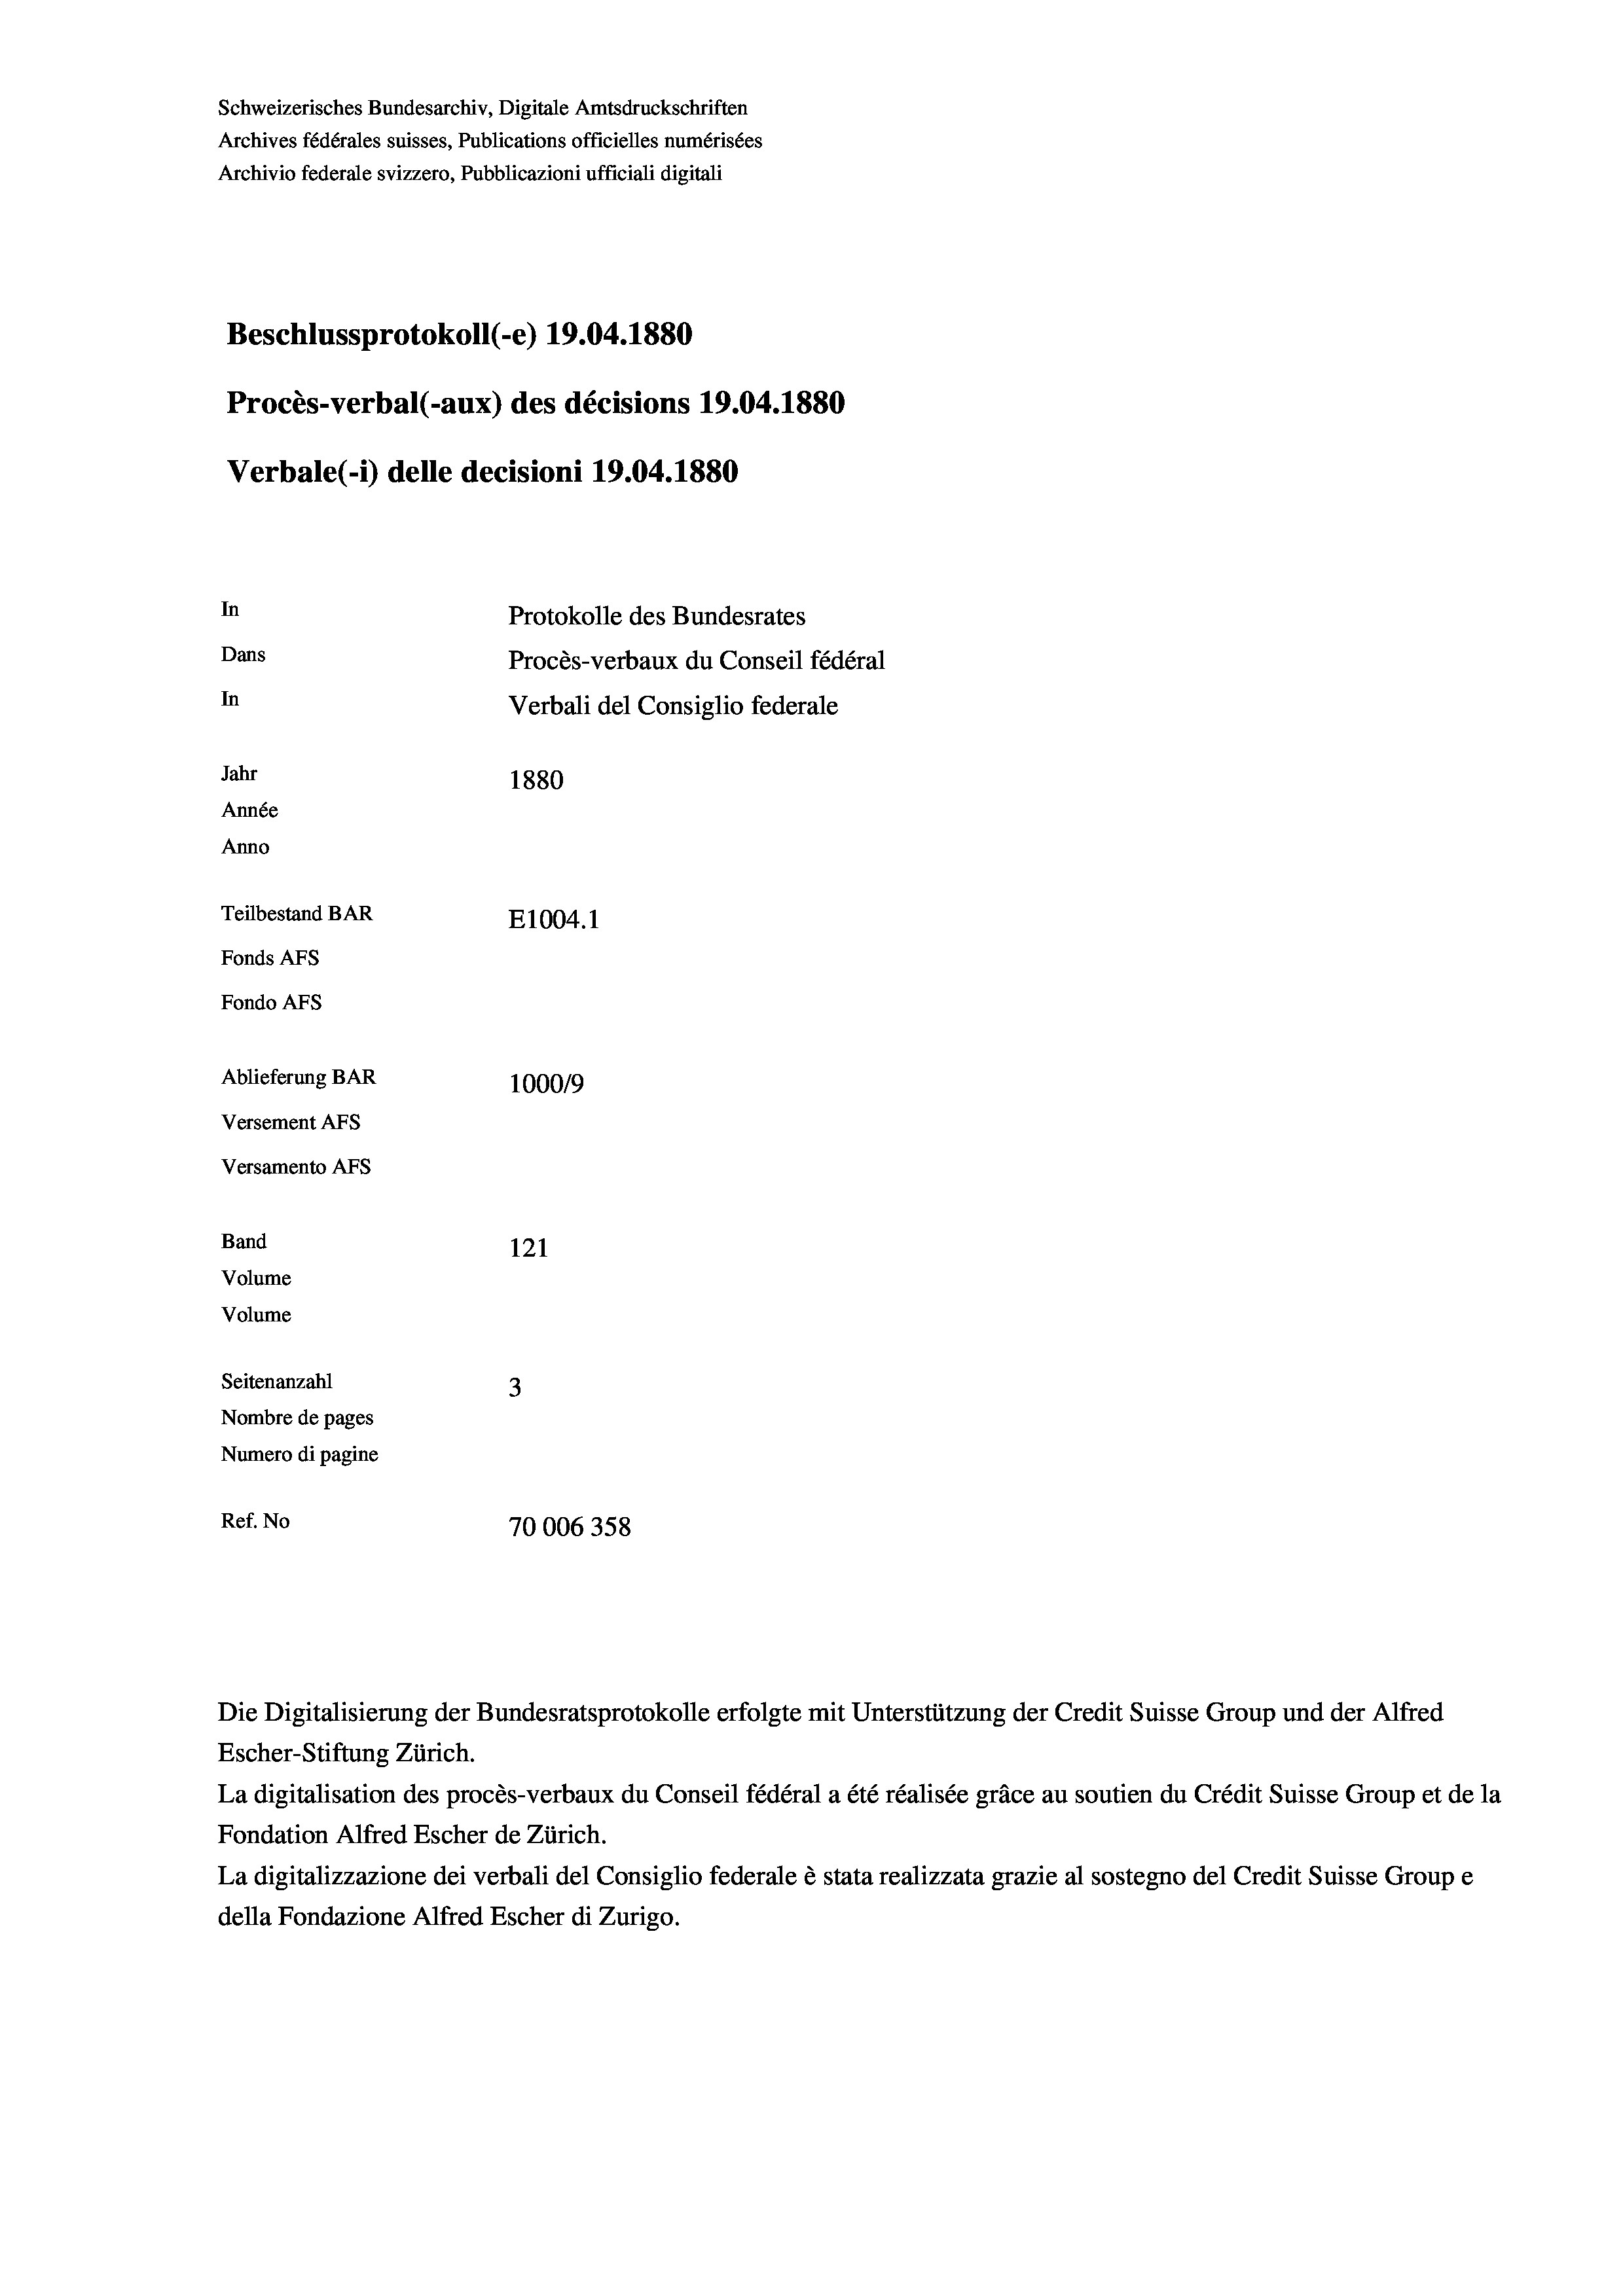
Schweizerisches Bundesarchiv, Digitale Amtsdruckschriften
Archives fédérales suisses, Publications officielles numérisées
Archivio federale svizzero, Pubblicazioni ufficiali digitali
Beschlussprotokoll (-e) 19.04. 1880
Procès-verbal (-aux) des décisions 19.04. 1880
Verbale (-*) delle decisioni 19.04. 1880
In
Protokolle des Bundesrates
Dans
Procès-verbaux du Conseil fédéral
In
Verbali del Consiglio federale
Jahr
1880
Année
Anno
Teilbestand BAR
E1004. 1
Fonds AFs
Fondo AFs
Ablieferung BAR
100019
Versement Abs
Versamento AFs
Band
121
Volume
Volume

Seitenanzahl
3
Nombre de pages
Numero di pagine
Ref. No
70006358

Escher-Stiftung Zürich.
La digitalisation des procès-verbaux du Conseil fédéral a été réalisée gräce au soutien du Crédit Suisse Group et de la
Fondation Alfred Escher de Zürich.
La digitalizzazione dei verbali del Consiglio federale è stata realizzata grazie al sostegno del Credit Suisse Groupe
della Fondazione Alfred Escher di Zurigo.

Die Digitalisierung der Bundesratsprotokolle erfolgte mit Unterstützung der Credit Suisse Group und der Alfred